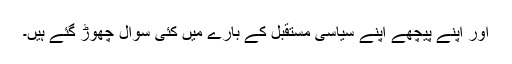
اور اپنے پیچھے اپنے سیاسی مستقبل کے بارے میں کئی سوال چھوڑ گئے ہیں۔